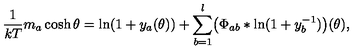
\frac { 1 } { k T } m _ { a } \cosh \theta = \ln ( 1 + y _ { a } ( \theta ) ) + \sum _ { b = 1 } ^ { l } \bigl ( \Phi _ { a b } * \ln ( 1 + y _ { b } ^ { - 1 } ) \bigr ) ( \theta ) ,